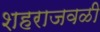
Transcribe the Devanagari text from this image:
शहराजवळी